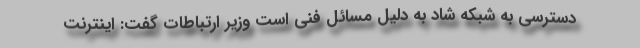
دسترسی به شبکه شاد به دلیل مسائل فنی است وزیر ارتباطات گفت: اینترنت